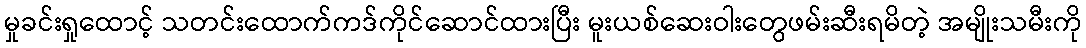
မှုခင်းရှုထောင့် သတင်းထောက်ကဒ်ကိုင်ဆောင်ထားပြီး မူးယစ်ဆေးဝါးတွေဖမ်းဆီးရမိတဲ့ အမျိုးသမီးကို